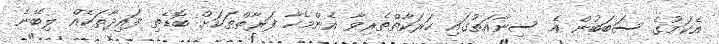
އެކަމުގެ ސަބަބުން އެ ސިނާއަތުގައި ހަރަކާތްތެރިވާ އެންމެހާ ފަރާތްތަކަށް ބޮޑެތި ފައިދާތަކެއް ލިބޭނެ